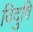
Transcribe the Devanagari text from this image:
विदुषि